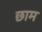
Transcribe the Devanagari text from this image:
छाम